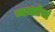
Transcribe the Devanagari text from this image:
व्यक्तीचां